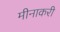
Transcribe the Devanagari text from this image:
मीनाकरी